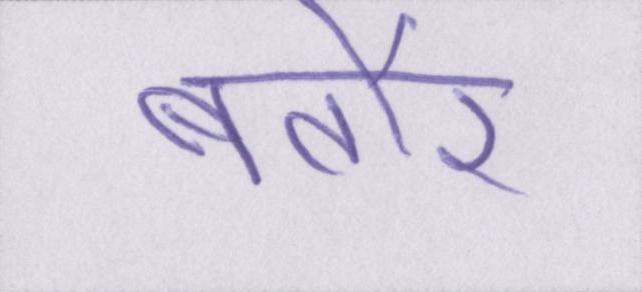
बतौर